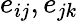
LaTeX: e_{ij},e_{jk}